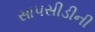
સાપસીડીની